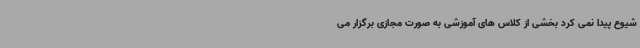
شیوع پیدا نمی کرد بخشی از کلاس های آموزشی به صورت مجازی برگزار می